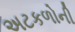
અટકળોની